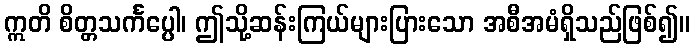
ဣတိ စိတ္တသင်္ကပ္ပေါ၊ ဤသို့ဆန်းကြယ်များပြားသော အစီအမံရှိသည်ဖြစ်၍။